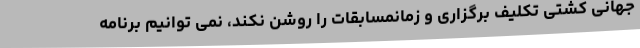
جهانی کشتی تکلیف برگزاری و زمانمسابقات را روشن نکند، نمی توانیم برنامه